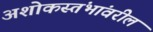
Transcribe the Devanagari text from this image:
अशोकस्तंभांवरील